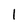
Character: l